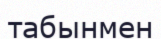
табынмен